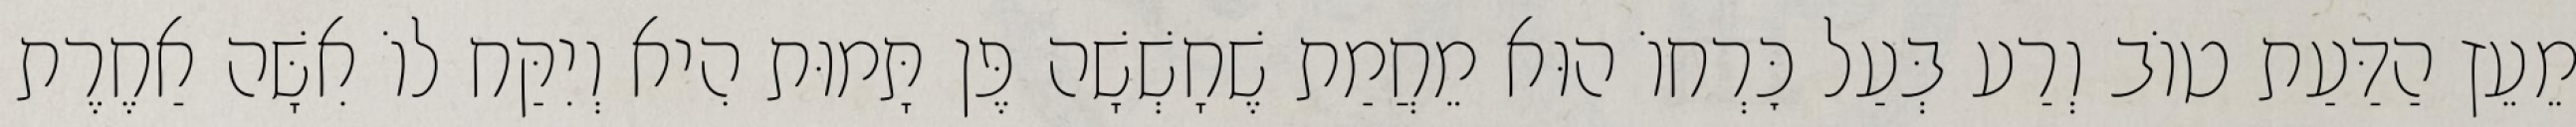
מֵעֵץ הַדַּעַת טוֹב וְרַע בְּעַל כׇּרְחוֹ הוּא מֵחֲמַת שֶׁחָשְׁשָׁה פֶּן תָּמוּת הִיא וְיִקַּח לוֹ אִשָּׁה אַחֶרֶת